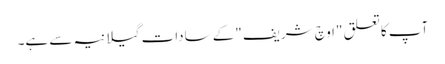
آپ کاتعلق "اوچ شریف "کے ساداتِ گیلانیہ سے ہے۔